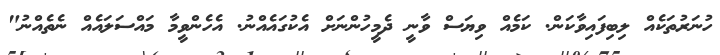
ހުނަރުތަކެއް ލިބިފައިވާކަން. ކަމެއް ވިޔަސް ވާނީ ދެމީހުންނަށް އެކުގައެއްނު. އެހެންވީމާ މައްސަލައެއް ނެތެއްނު"